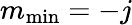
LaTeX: m_{\mathrm{min}}=-j